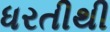
ધરતીથી